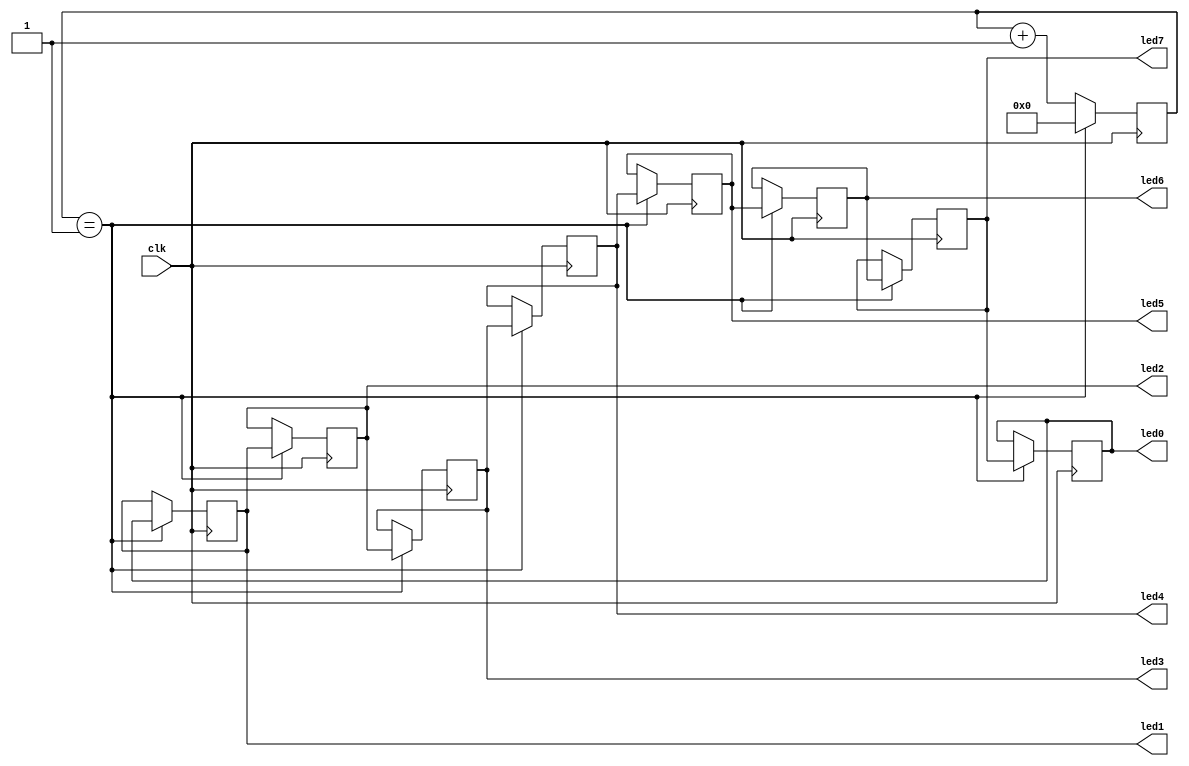
`timescale 1ns / 1ps
//////////////////////////////////////////////////////////////////////////////////
// Company: 
// Engineer: 
// 
// Design Name: 
// Module Name:    ripple_led 
// Project Name: 
// Target Devices: 
// Tool versions: 
// Description: 
//
// Dependencies: 
//
// Revision: 
// Revision 0.01 - File Created
// Additional Comments: 
//
//////////////////////////////////////////////////////////////////////////////////
`define SHIFT_TIME 1

module ripple_led(clk, led0, led1, led2, led3, led4, led5,
led6, led7);
input clk;
output led0, led1, led2, led3, led4, led5, led6, led7;
reg led0 = 1, led1, led2, led3, led4, led5, led6, led7;
reg [29:0] counter = 0;

always@(posedge clk) begin
	counter <= counter + 1;
	if(counter == `SHIFT_TIME) begin
		counter <= 0;
		led1 <= led0;
		led2 <= led1;
		led3 <= led2;
		led4 <= led3;
		led5 <= led4;
		led6 <= led5;
		led7 <= led6;
		led0 <= led7;
	end
end

endmodule